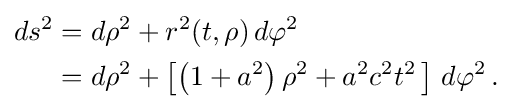
{\begin{aligned}ds^{2}&=d\rho ^{2}+r^{2}(t,\rho )\,d\varphi ^{2}\\&=d\rho ^{2}+\left[\left(1+a^{2}\right)\rho ^{2}+a^{2}c^{2}t^{2}\,\right]\,d\varphi ^{2}\,.\end{aligned}}